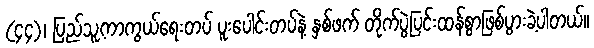
(၄၄)၊ ပြည်သူ့ကာကွယ်ရေးတပ် ပူးပေါင်းတပ်နဲ့ နှစ်ဖက် တိုက်ပွဲပြင်းထန်စွာဖြစ်ပွားခဲ့ပါတယ်။